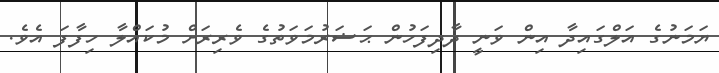
ޔަމަނުގެ އަލްގައިދާ އިން ވަނީ ދާދިފަހުން ޙަޟަރުމަވަތުގެ ވެރިރަށް މުކައްލާ ހިފާފަ އެވެ.